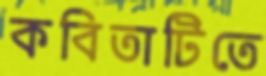
কবিতাটিতে